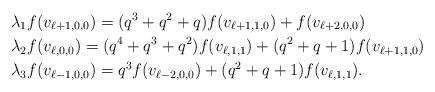
LaTeX: \begin{align*}&\lambda_1f(v_{\ell+1,0,0})=(q^3+q^2+q)f(v_{\ell+1,1,0})+f(v_{\ell+2,0,0})\\&\lambda_2f(v_{\ell,0,0})=(q^4+q^3+q^2)f(v_{\ell,1,1})+(q^2+q+1)f(v_{\ell+1,1,0})\\&\lambda_3f(v_{\ell-1,0,0})=q^3f(v_{\ell-2,0,0})+(q^2+q+1)f(v_{\ell,1,1}).\end{align*}